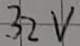
Text: 32V